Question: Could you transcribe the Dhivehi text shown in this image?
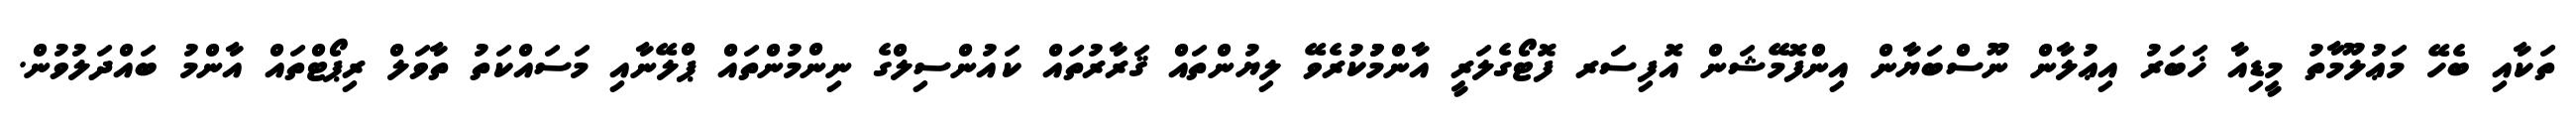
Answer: ތަކާއި ބެހޭ މަޢުލޫމާތު މީޑިއާ ޚަބަރު އިޢުލާން ނޫސްބަޔާން އިންފޮމޭޝަން އޮފިސަރ ފޮޓޯގެލަރީ އާންމުުކުރެވޭ ލިޔުންތައް ޤަރާރުތައް ކައުންސިލްގެ ނިންމުންތައް ޕްލޭނާއި މަސައްކަތު ތާވަލް ރިޕޯޓްތައް އާންމު ބައްދަލުވުން.